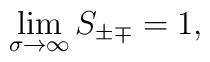
\lim_{\sigma \rightarrow \infty} S_{\pm\mp}=1,